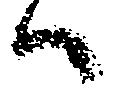
ハ